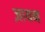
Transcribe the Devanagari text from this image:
ज़ायन